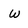
Character: w